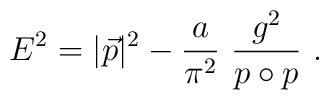
E^2 = |\vec{p}|^2 - \frac{a}{\pi^2}~\frac{g^2}{p\circ p}~.